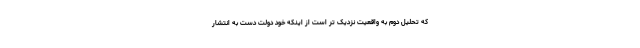
که تحلیل دوم به واقعیت نزدیک تر است از اینکه خود دولت دست به انتشار